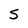
Character: S